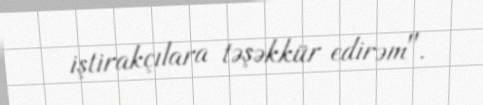
iştirakçılara təşəkkür edirəm".